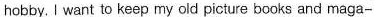
hobby. I want to keep my old picture books and maga-